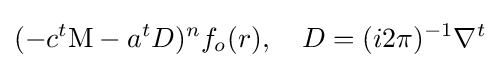
(-c^{t}\mathrm {M} -a^{t}D)^{n}f_{o}(r),\quad D=(i2\pi )^{-1}\nabla ^{t}